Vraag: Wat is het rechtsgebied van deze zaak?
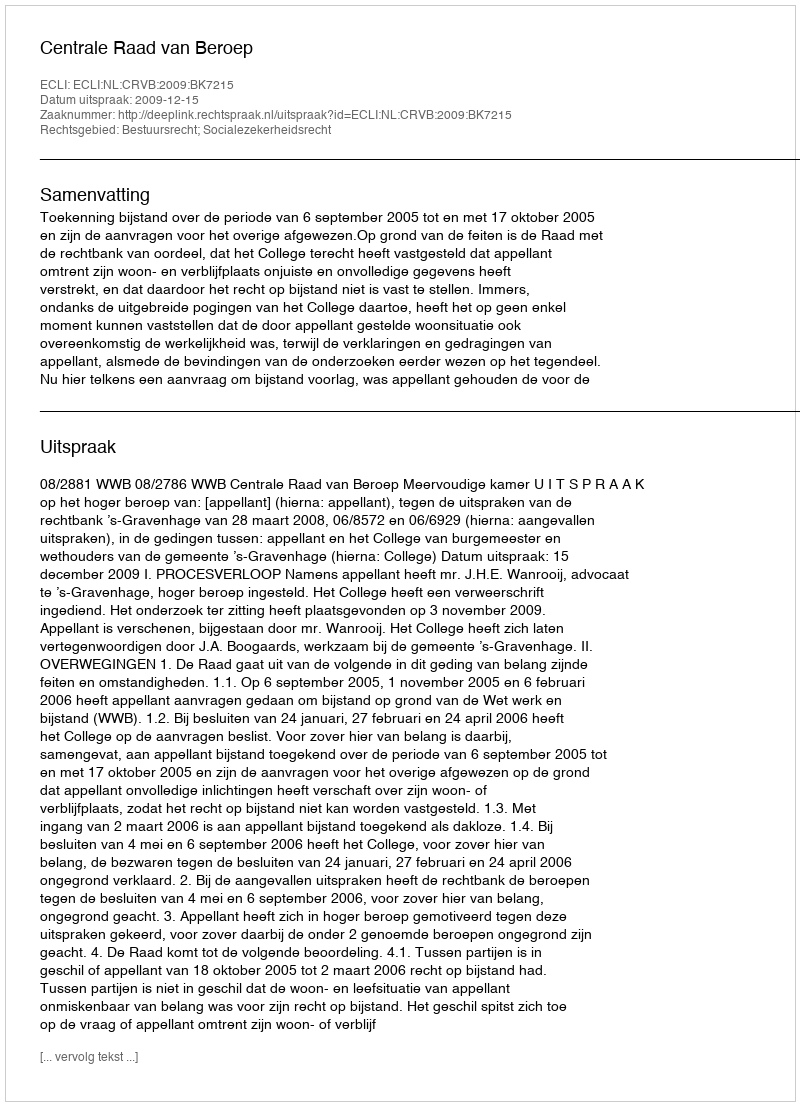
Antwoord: Bestuursrecht; Socialezekerheidsrecht